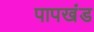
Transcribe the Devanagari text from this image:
पापखंड